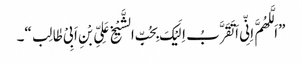
”اَلَّلھُمَّ اِنِّی اَ تَقَرَّبُ اِلَیْکَ بِحُبِّ الشَّیْخِ عَلِیِّ بْنِ اَبِیْ طٰالِب“۔